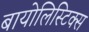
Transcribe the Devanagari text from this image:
बायोलिस्टिक्स